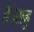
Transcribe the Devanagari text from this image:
है।राहु